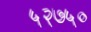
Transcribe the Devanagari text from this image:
५२७५०